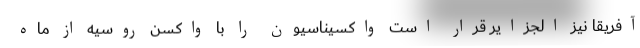
آفریقا نیز الجزایر قرار است واکسیناسیون را با واکسن روسیه از ماه